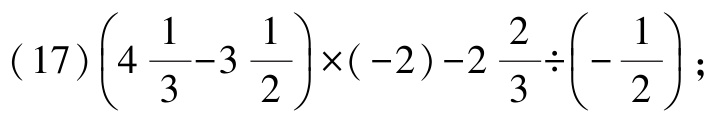
(17)$\left(4\frac{1}{3}-3\frac{1}{2}\right)\times(-2)-2\frac{2}{3}\div\left(-\frac{1}{2}\right);$